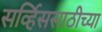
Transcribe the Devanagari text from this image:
सर्व्हिससाठीच्या